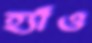
হ্যাঁও